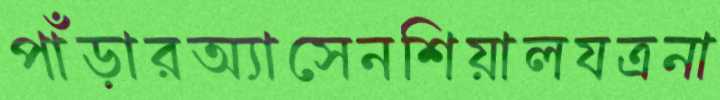
পাঁড়ারঅ্যাসেনশিয়ালযত্রনা